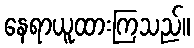
နေရာယူထားကြသည်။